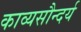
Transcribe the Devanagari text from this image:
काव्यसौन्दर्य